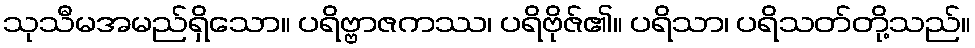
သုသီမအမည်ရှိသော။ ပရိဗ္ဗာဇကဿ၊ ပရိဗိုဇ်၏။ ပရိသာ၊ ပရိသတ်တို့သည်။